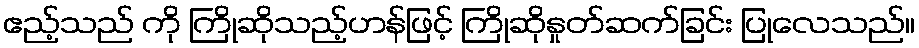
ဧည့်သည် ကို ကြိုဆိုသည့်ဟန်ဖြင့် ကြိုဆိုနှုတ်ဆက်ခြင်း ပြုလေသည်။